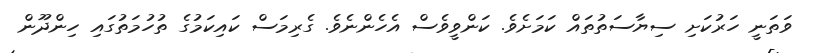
ވަތަނީ ހަރުކަށި ސިޔާސަތުތައް ކަމަށެވެ. ކަންވީވެސް އެހެންނެވެ. ގެރިމަސް ކައިކަމުގެ ތުހުމަތުގައި ހިންދޫން